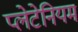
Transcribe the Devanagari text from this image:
प्लेटेनियम